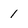
Character: 1